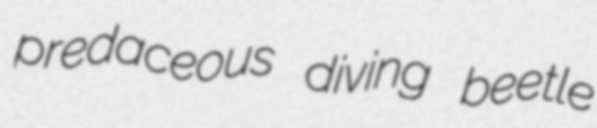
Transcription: predaceous diving beetle